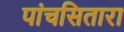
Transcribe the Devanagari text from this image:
पांचसितारा